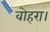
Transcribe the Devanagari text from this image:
वोहरा।